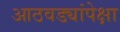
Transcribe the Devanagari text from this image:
आठवड्यांपेक्षा